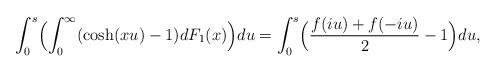
LaTeX: \begin{align*}\int_0^s \Bigl(\int_{0}^{\infty}(\cosh(xu)-1)dF_1(x)\Bigr)du = \int_0^s \Bigl(\frac{f(iu)+f(-iu)}{2}-1\Bigr)du,\end{align*}